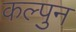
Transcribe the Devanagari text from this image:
कल्पुन